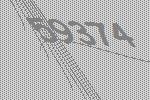
59374